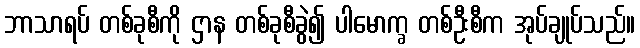
ဘာသာရပ် တစ်ခုစီကို ဌာန တစ်ခုစီခွဲ၍ ပါမောက္ခ တစ်ဦးစီက အုပ်ချုပ်သည်။